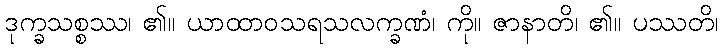
ဒုက္ခသစ္စဿ၊ ၏။ ယာထာဝသရသလက္ခဏံ၊ ကို။ ဇာနာတိ၊ ၏။ ပဿတိ၊